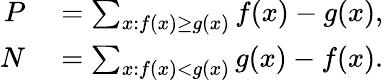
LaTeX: \begin{array}{rl}{P}&{{}=\sum_{x:f(x)\geq g(x)}f(x)-g(x),}\\ {N}&{{}=\sum_{x:f(x)<g(x)}g(x)-f(x).}\end{array}